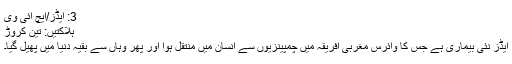
3: ایڈز/ایچ آئی وی
ہلاکتیں: تین کروڑ
ایڈز نئی بیماری ہے جس کا وائرس مغربی افریقہ میں چمپینزیوں سے انسان میں منتقل ہوا اور پھر وہاں سے بقیہ دنیا میں پھیل گیا۔